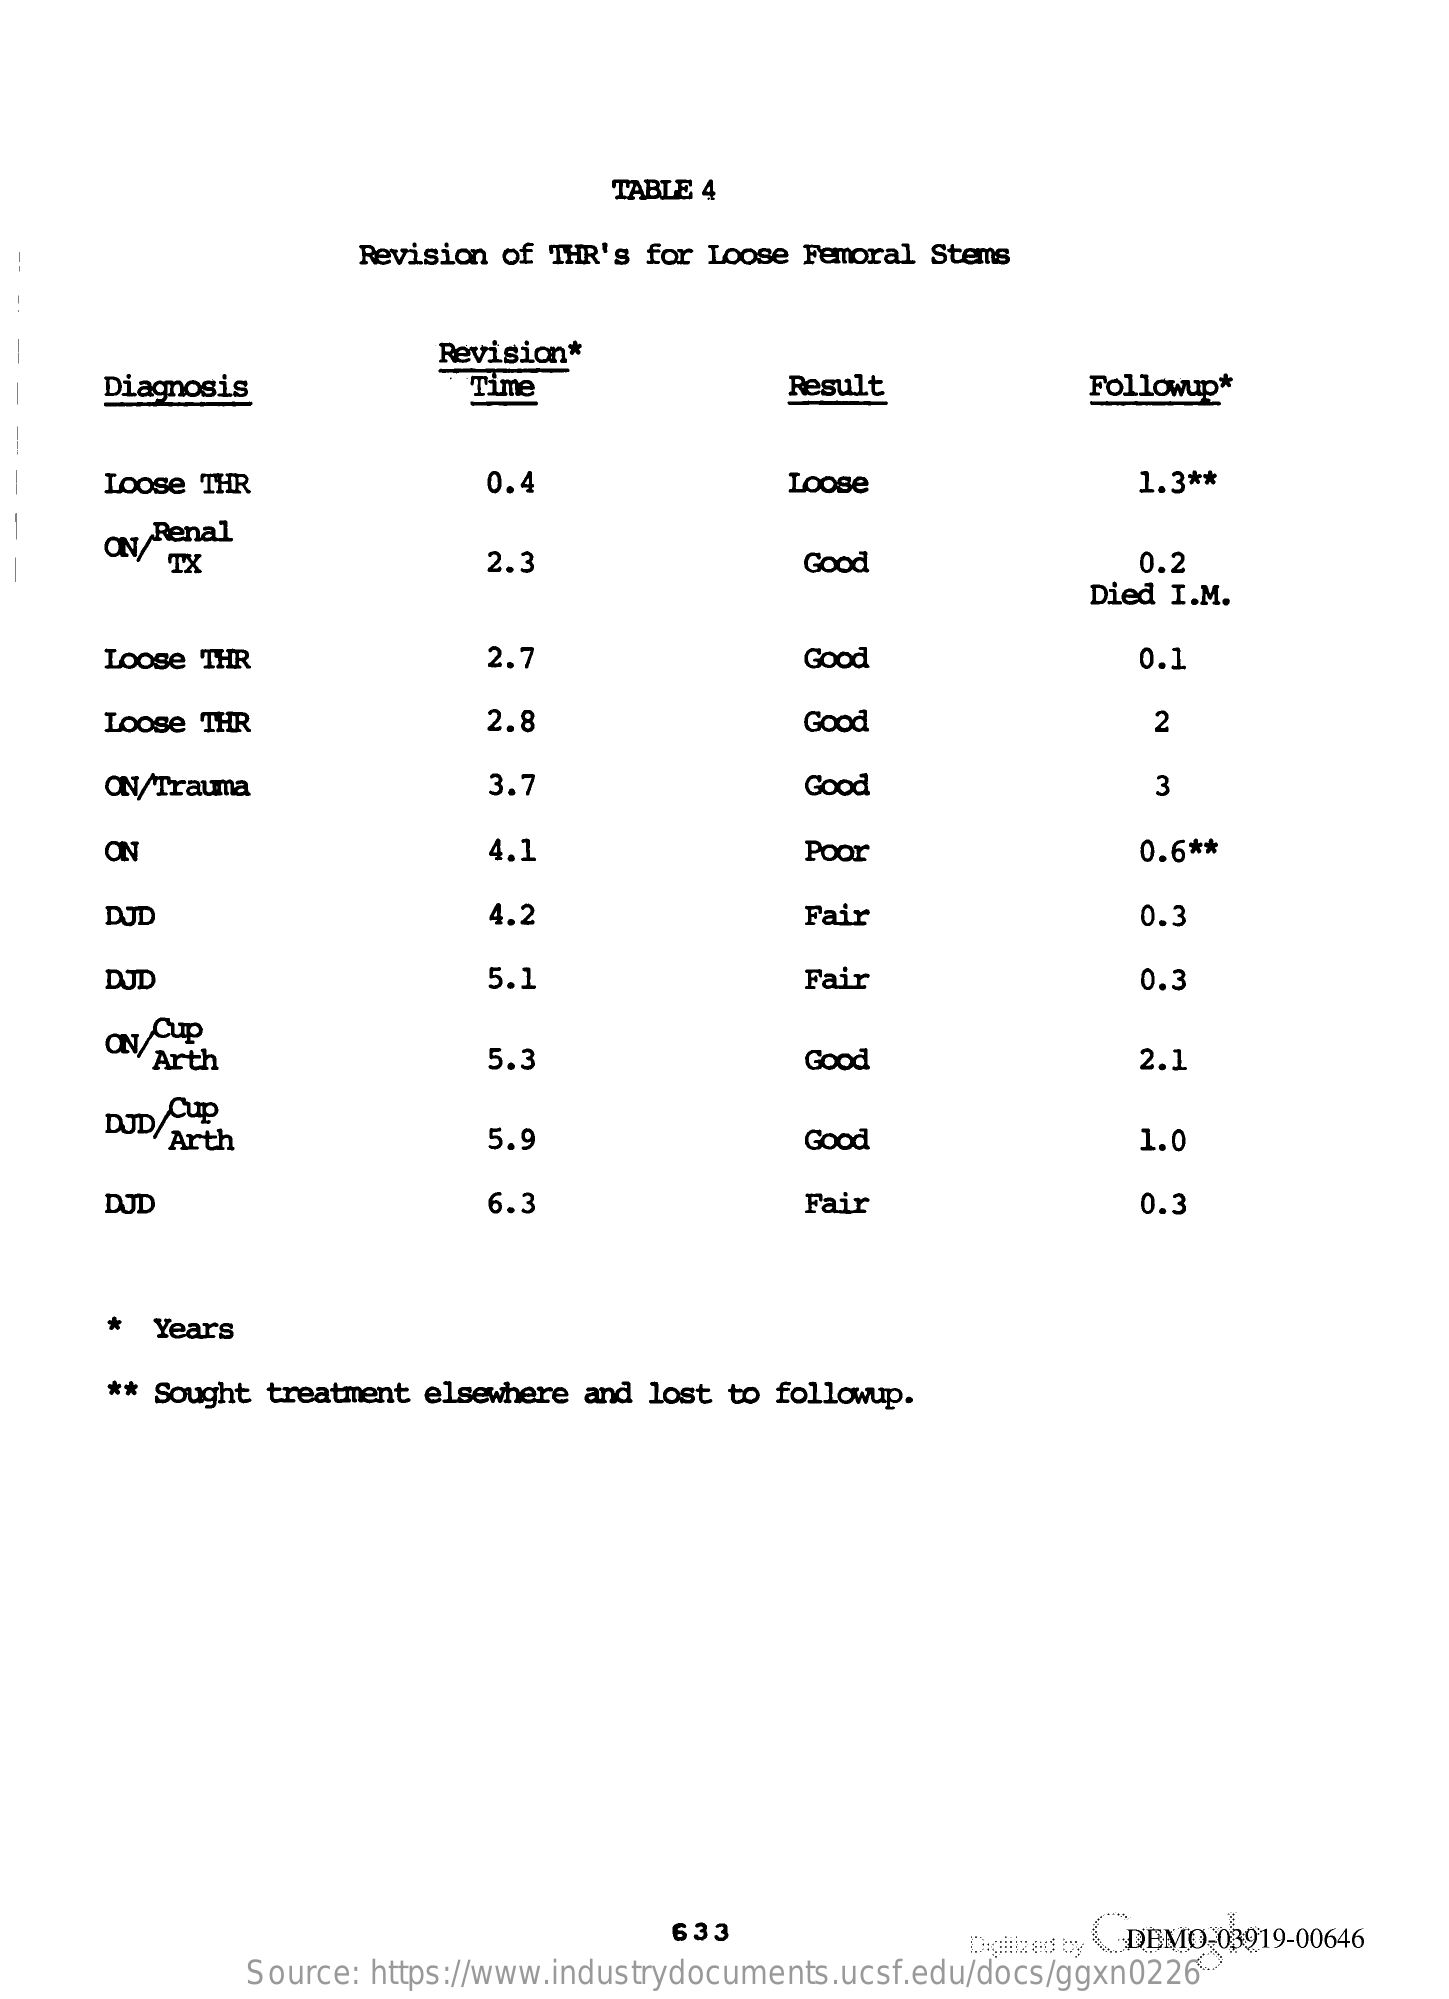
TABLE 4
     Revision of THR's for Loose Femoral Stems
     Revision*
     Diagnosis    Time    Result    Followup*
     Loose THR    0.4    Loose    1.3 **
     ay/Renal
     TX    2.3    Good    0.2
     Died I.M.
     Loose THR    2.7    Good    0.1
     Loose THR    2.8    Good    2
     ON/Trauma    3.7    Good    3
     ON    4.1    Poor    0.6 **
     DJD    4.2    Fair    0.3
     DJD    5.1    Fair    0.3
     Cup
     Arth    5.3    Good    2.1
     DJD/ Cup
     Arth    5.9    Good    1.0
     DJD    6.3    Fair    0.3
     *  Years
     ** Sought treatment elsewhere and lost to followup.
     633
     Digitized by DEMO-03919-00646
     Source: https://www.industrydocuments.ucsf.edu/docs/ggxn0226